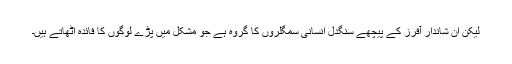
لیکن ان شاندار آفرز کے پیچھے سنگدل انسانی سمگلروں کا گروہ ہے جو مشکل میں پڑے لوگوں کا فائدہ اٹھاتے ہیں۔